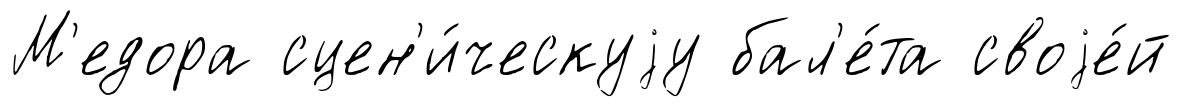
М'едора сцен'и́ческуjу бал'е́та своjе́й